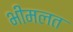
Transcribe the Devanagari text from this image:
भीमलत